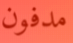
مدفون